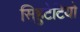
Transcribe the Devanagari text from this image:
सिहुटेटियो